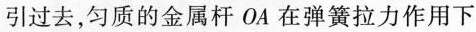
引过去，匀质的金属杆OA在弹簧拉力作用下